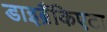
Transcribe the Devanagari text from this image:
डाइब्रैंकिएटा